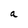
Character: a